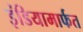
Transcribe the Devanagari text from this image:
इंडियामार्फत